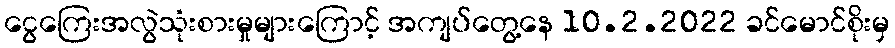
ငွေကြေးအလွဲသုံးစားမှုများကြောင့် အကျပ်တွေ့နေ 10.2.2022 ခင်မောင်စိုးမှ